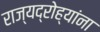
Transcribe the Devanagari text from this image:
राज्यद्रोह्यांना